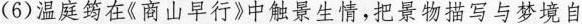
(6)温庭筠在《商山早行》中触景生情，把景物描写与梦境自